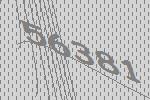
56381